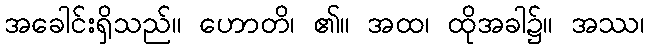
အခေါင်းရှိသည်။ ဟောတိ၊ ၏။ အထ၊ ထိုအခါ၌။ အဿ၊